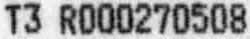
T3 R000270508